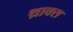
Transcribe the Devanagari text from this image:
थ्राक्स